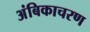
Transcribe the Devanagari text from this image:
अंबिकाचरण